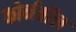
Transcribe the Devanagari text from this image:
कोर्नवॉल